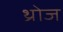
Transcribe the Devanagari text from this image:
थ्रोज